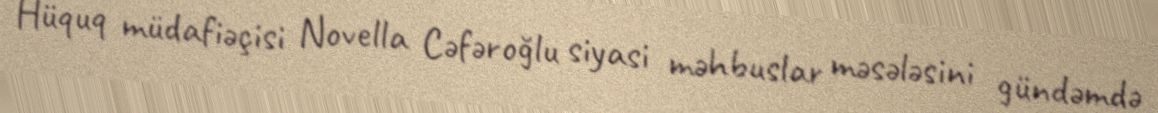
Hüquq müdafiəçisi Novella Cəfəroğlu siyasi məhbuslar məsələsini gündəmdə